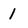
Character: 1